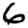
Digit: 6